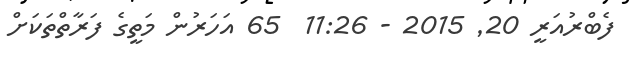
ފެބްރުއަރީ 20